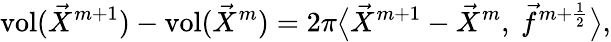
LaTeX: \operatorname{vol}(\vec{X}^{m+1})-\operatorname{vol}(\vec{X}^{m})=2\pi\big\langle\vec{X}^{m+1}-\vec{X}^{m},~\vec{f}^{m+\frac{1}{2}}\big\rangle,